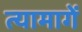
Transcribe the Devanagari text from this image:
त्यामागें